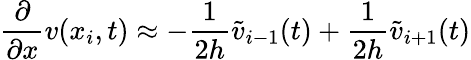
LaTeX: \frac{\partial}{\partial x}v(x_{i},t)\approx-\frac{1}{2h}\widetilde v_{i-1}(t)+\frac{1}{2h}\widetilde v_{i+1}(t)